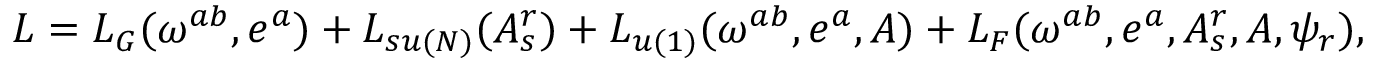
L = L _ { G } ( \omega ^ { a b } , e ^ { a } ) + L _ { s u ( N ) } ( A _ { s } ^ { r } ) + L _ { u ( 1 ) } ( \omega ^ { a b } , e ^ { a } , A ) + L _ { F } ( \omega ^ { a b } , e ^ { a } , A _ { s } ^ { r } , A , \psi _ { r } ) ,